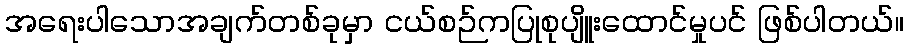
အရေးပါသောအချက်တစ်ခုမှာ ငယ်စဉ်ကပြုစုပျိူးထောင်မှုပင် ဖြစ်ပါတယ်။